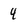
Character: 4